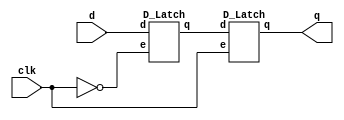
`timescale 1ns/1ps

module D_Flip_Flop(clk, d, q);
input clk;
input d;
output q;
wire clkk, m;

not rclk(clkk, clk);
D_Latch Master(clkk, d, m);
D_Latch Slave(clk, m, q);

endmodule

module D_Latch(e, d, q);
input e;
input d;
output q;
wire dd, T, B , qq;

not n1(dd, d);
nand nand1(T, d, e);
nand nand2(B, dd, e);

nand nand3(q, T, qq);
nand nand4(qq, q, B); 

endmodule